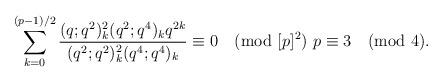
LaTeX: \begin{align*}\sum_{k=0}^{(p-1)/2}\frac{(q;q^2)_k^2 (q^2;q^4)_k q^{2k}}{(q^2;q^2)_k^2 (q^4;q^4)_k}\equiv 0\pmod{[p]^2}\ p\equiv 3\pmod{4}.\end{align*}